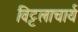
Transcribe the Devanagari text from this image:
विट्टलाचार्य